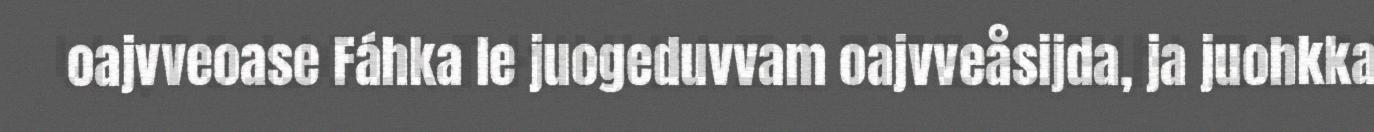
oajvveoase Fáhka le juogeduvvam oajvveåsijda, ja juohkka